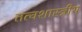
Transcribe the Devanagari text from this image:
तत्वशास्त्रीय